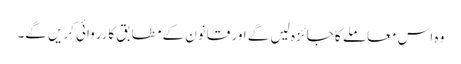
وہ اس معاملے کا جائزہ لیں گے اور قانون کے مطابق کارروائی کریں گے۔